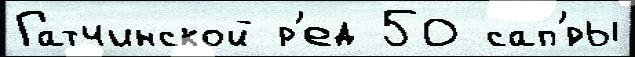
Гатчинской р'ед 50 сап'́ры